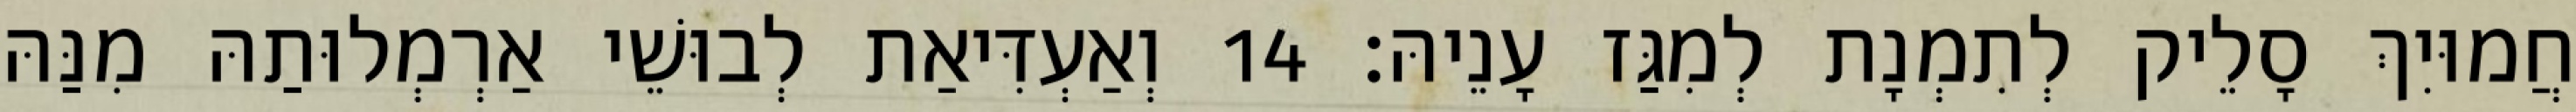
חֲמוּיִךְ סָלֵיק לְתִמְנָת לְמִגַּז עָנֵיהּ׃ 14 וְאַעְדִּיאַת לְבוּשֵׁי אַרְמְלוּתַהּ מִנַּהּ